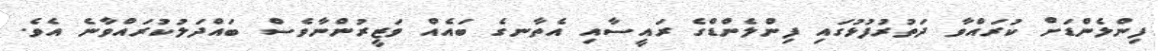
ފިންލެންޑަށް ކުރައްވާ ދަތުރުފުޅުގައި ފިންލެންޑްގެ ރައީސާއި އެތާނގެ ބައެއް ވަޒީރުންނާވެސް ބައްދަލުކުރައްވާނެ އެވެ.